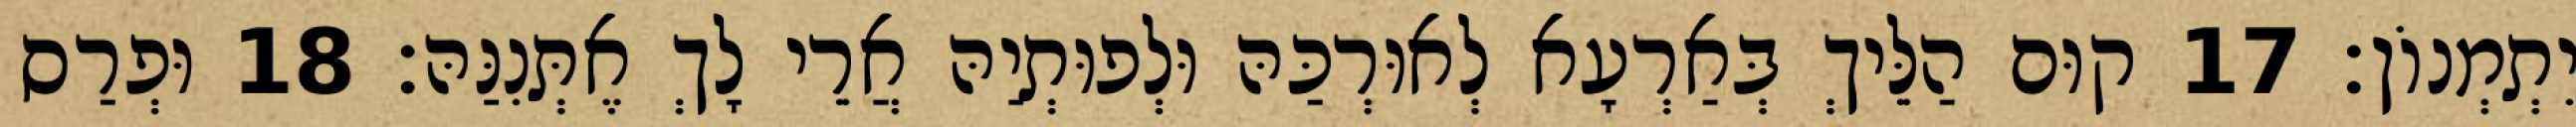
יִתְמְנוֹן׃ 17 קוּם הַלֵּיךְ בְּאַרְעָא לְאוּרְכַּהּ וּלְפוּתְיַהּ אֲרֵי לָךְ אֶתְּנִנַּהּ׃ 18 וּפְרַס